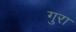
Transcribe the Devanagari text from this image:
गुरा